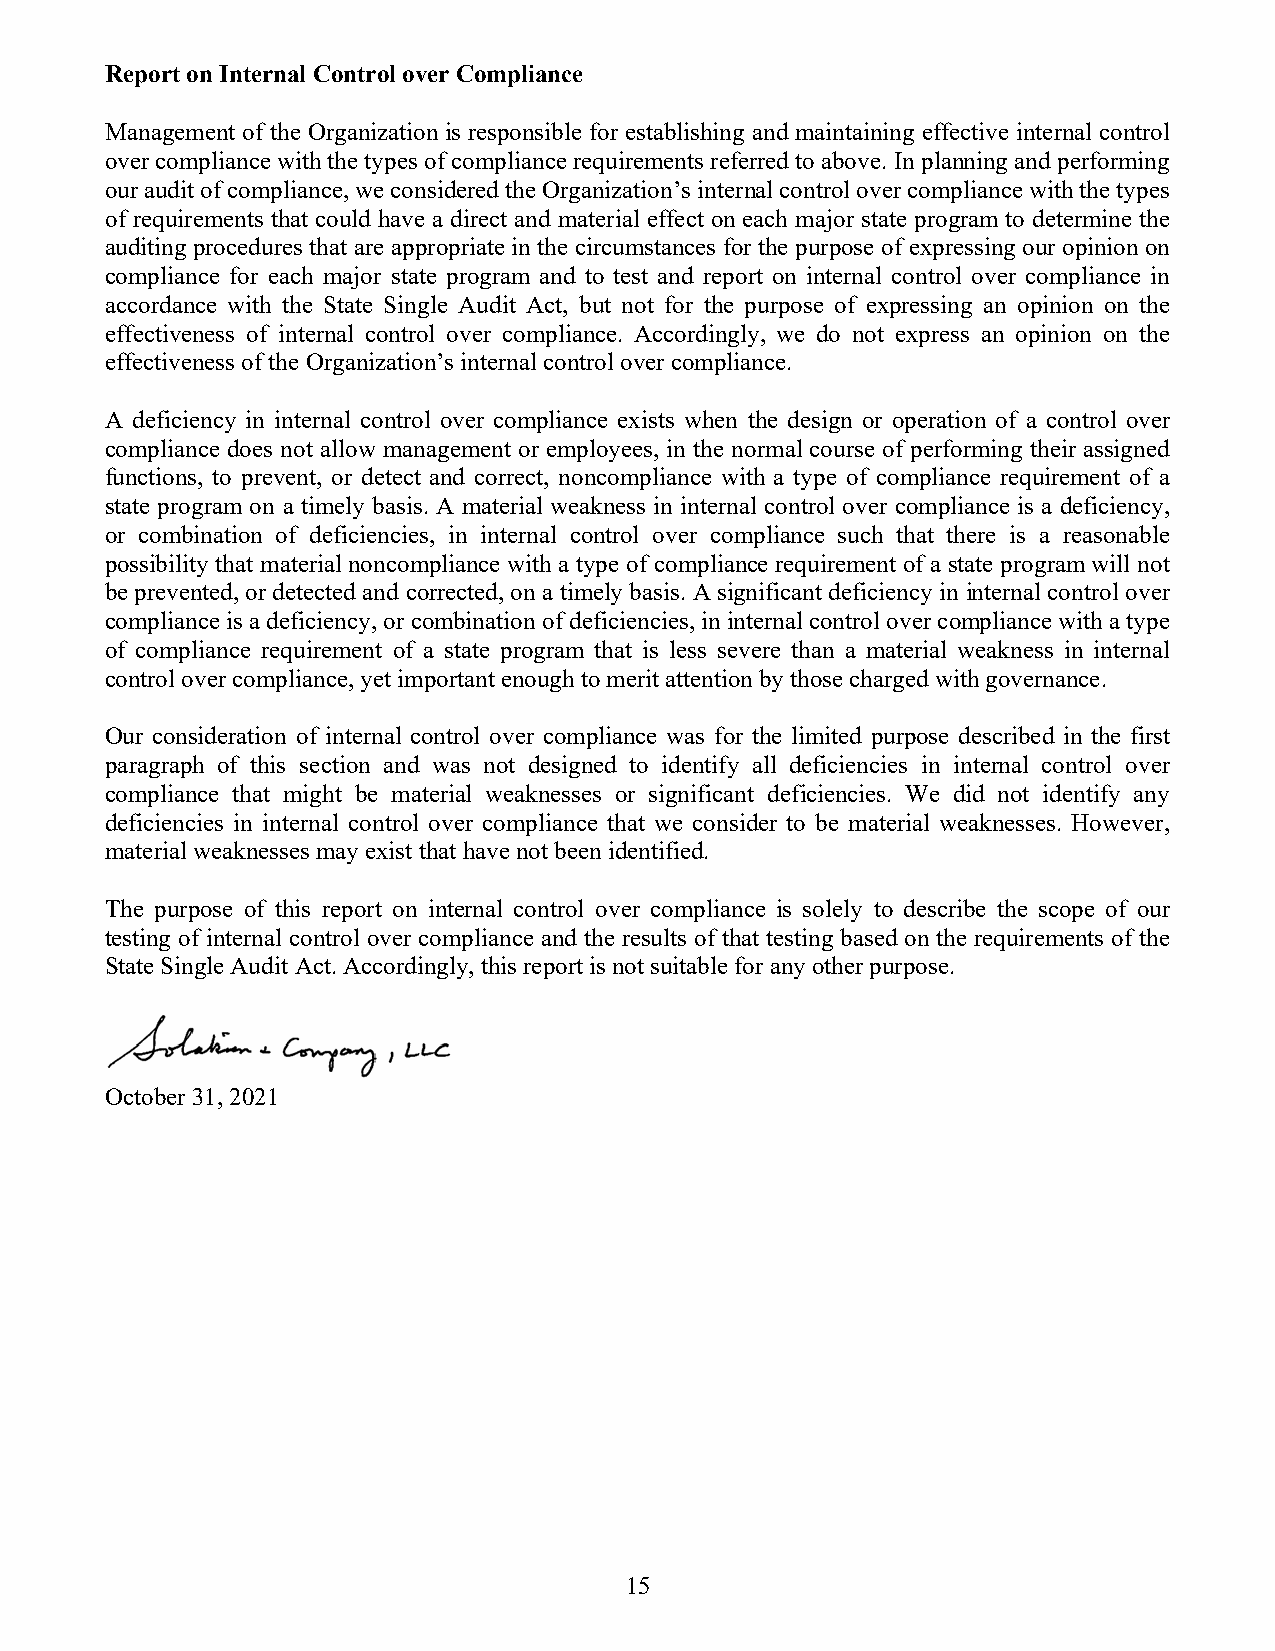
Report on Internal Control over Compliance
 Management of the Organization is responsible for establishing and maintaining effective internal control
 over compliance with the types of compliance requirements referred to above. In planning and performing
 our audit of compliance, we considered the Organization’s internal control over compliance with the types
 of requirements that could have a direct and material effect on each major state program to determine the
 auditing procedures that are appropriate in the circumstances for the purpose of expressing our opinion on
 compliance for each major state program and to test and report on internal control over compliance in
 accordance with the State Single Audit Act, but not for the purpose of expressing an opinion on the
 effectiveness of internal control over compliance. Accordingly, we do not express an opinion on the
 effectiveness of the Organization’s internal control over compliance.
 A deficiency in internal control over compliance exists when the design or operation of a control over
 compliance does not allow management or employees, in the normal course of performing their assigned
 functions, to prevent, or detect and correct, noncompliance with a type of compliance requirement of a
 state program on a timely basis. A material weakness in internal control over compliance is a deficiency,
 or combination of deficiencies, in internal control over compliance such that there is a reasonable
 possibility that material noncompliance with a type of compliance requirement of a state program will not
 be prevented, or detected and corrected, on a timely basis. A significant deficiency in internal control over
 compliance is a deficiency, or combination of deficiencies, in internal control over compliance with a type
 of compliance requirement of a state program that is less severe than a material weakness in internal
 control over compliance, yet important enough to merit attention by those charged with governance.
 Our consideration of internal control over compliance was for the limited purpose described in the first
 paragraph of this section and was not designed to identify all deficiencies in internal control over
 compliance that might be material weaknesses or significant deficiencies. We did not identify any
 deficiencies in internal control over compliance that we consider to be material weaknesses. However,
 material weaknesses may exist that have not been identified.
 The purpose of this report on internal control over compliance is solely to describe the scope of our
 testing of internal control over compliance and the results of that testing based on the requirements of the
 State Single Audit Act. Accordingly, this report is not suitable for any other purpose.
 October 31, 2021
 15